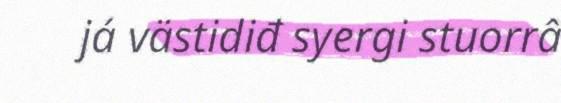
já västidiđ syergi stuorrâ